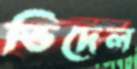
ভিদেল